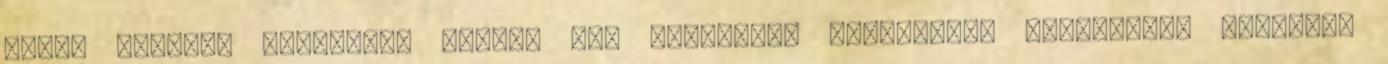
előre történő átutalása esetén áll módunkban ismételten elindítani Vásárló,